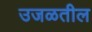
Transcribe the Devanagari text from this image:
उजळतील